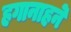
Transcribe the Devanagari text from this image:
हगानाहने